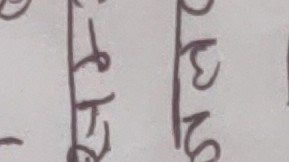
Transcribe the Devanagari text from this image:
३१२